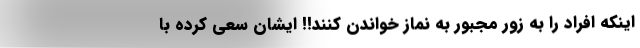
اینکه افراد را به زور مجبور به نماز خواندن کنند!! ایشان سعی کرده با